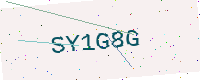
Text: SY1G8G